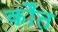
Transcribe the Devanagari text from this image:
कौंत